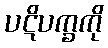
ပဋိပက္ခကို